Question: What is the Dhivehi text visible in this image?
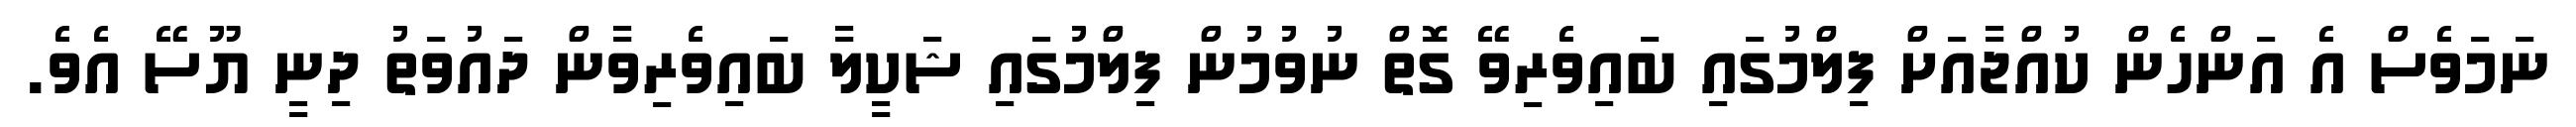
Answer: ނަމަވެސް އެ އަންހެން ކުއްޖާއަށް ފިލްމުގައި ބައިވެރިވޭ ގޮތް ނުވުމުން ފިލްމުގައި ޝަކީލާ ބައިވެރިވާން ދައުވަތު ދިނީ ޔޫސޭ އެވެ.